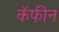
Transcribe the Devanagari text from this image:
कॅफीन